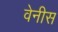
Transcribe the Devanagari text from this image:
वेनीस